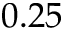
0 . 2 5